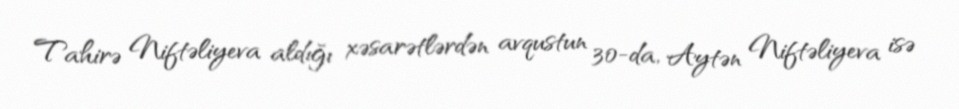
Tahirə Niftəliyeva aldığı xəsarətlərdən avqustun 30-da, Aytən Niftəliyeva isə